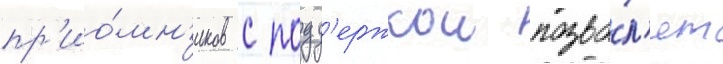
пр'ио́мн'иков с подд'ержкои позво́л'ят